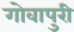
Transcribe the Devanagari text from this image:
गोवापुरी